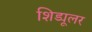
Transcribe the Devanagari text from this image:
शिड्यूलर